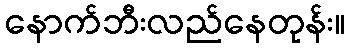
နောက်ဘီးလည်နေတုန်း။